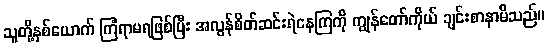
သူတို့နှစ်ယောက် ကြံရာမရဖြစ်ပြီး အလွန်စိတ်ဆင်းရဲနေကြကို ကျွန်တော်ကိုယ် ချင်းစာနာမိသည်။